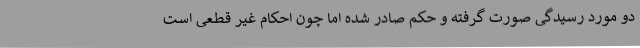
دو مورد رسیدگی صورت گرفته و حکم صادر شده اما چون احکام غیر قطعی است